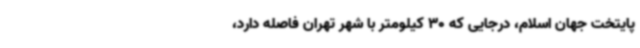
پایتخت جهان اسلام، درجایی که 30 کیلومتر با شهر تهران فاصله دارد،